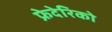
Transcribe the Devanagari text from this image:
फ्रेदेरिको